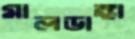
মালডাঙ্গা